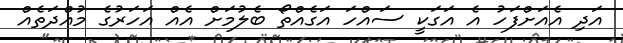
އަދި އެއަށްފަހު އެ އަގަކީ ސައްހަ އަގެއްތޯ ބެލުމަށް އެއް އަހަރުގެ މުއްދަތެއް